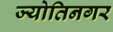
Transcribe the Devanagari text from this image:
ज्योतिनगर